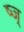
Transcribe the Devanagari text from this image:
ष्ज्